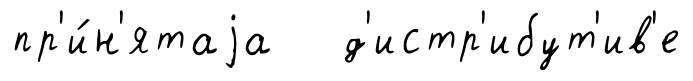
пр'и́н'ятаjа д'истр'ибут'ив'е